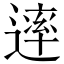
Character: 䢦